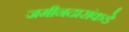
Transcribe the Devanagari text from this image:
जमीनदारांकडे